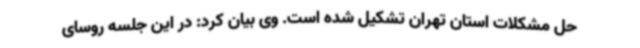
حل مشکلات استان تهران تشکیل شده است. وی بیان کرد: در این جلسه روسای